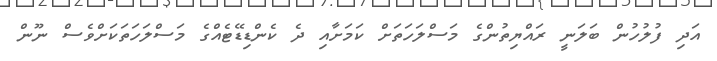
އަދި ފުލުހުން ބަލަނީ ރައްޔިތުންގެ މަސްލަހަތަށް ކަމަށާއި ދެ ކެންޑިޑޭޓެއްގެ މަސްލަހަތަކަށްވެސް ނޫން